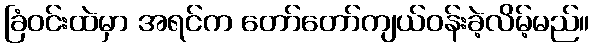
ခြံဝင်းထဲမှာ အရင်က တော်တော်ကျယ်ဝန်းခဲ့လိမ့်မည်။